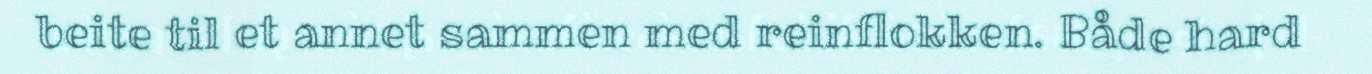
beite til et annet sammen med reinflokken. Både hard